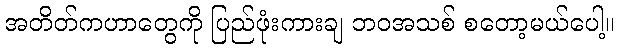
အတိတ်ကဟာတွေကို ပြည်ဖုံးကားချ ဘဝအသစ် စတော့မယ်ပေါ့။